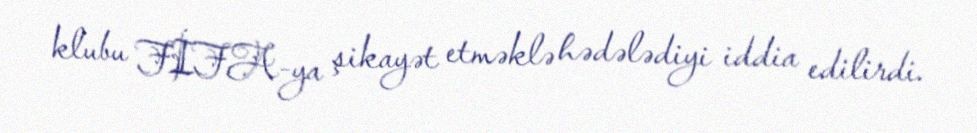
klubu FİFA-ya şikayət etməklə hədələdiyi iddia edilirdi.